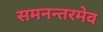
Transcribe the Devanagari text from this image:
समनन्तरमेव